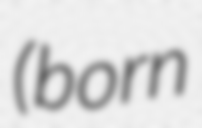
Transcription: (born